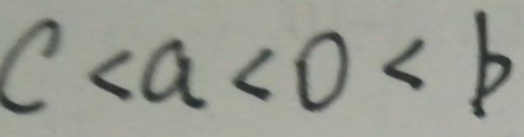
c < a < 0 < b